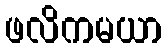
ဖလိကမယာ